Report of the Hyderabad Chloroform Commission
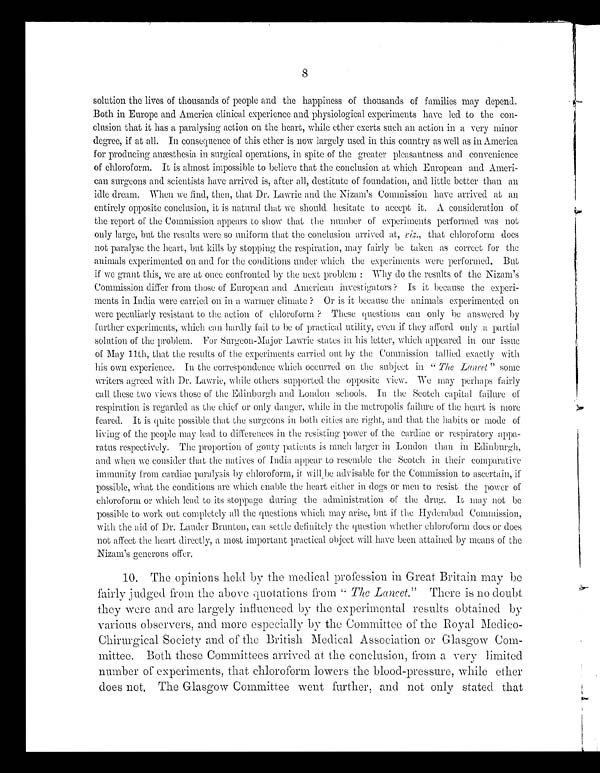
8
solution the lives of thousands of people and the happiness of thousands of families may depend.
Both in Europe and America clinical experience and physiological experiments have led to the con-
clusion that it has a paralysing action on the heart, while ether exerts such an action in a very minor
degree, if at all. In consequence of this ether is now largely used in this country as well as in America
for producing anæsthesia in surgical operations, in spite of the greater pleasantness and convenience
of chloroform. It is almost impossible to believe that the conclusion at which European and Ameri-
can surgeons and scientists have arrived is, after all, destitute of foundation, and little better than all
idle dream. When we find, then, that Dr. Lawrie and the Nizam's Commission have arrived at an
entirely opposite conclusion, it is natural that we should hesitate to accept it. A consideration of
the report of the Commission appears to show that the number of experiments performed was not
only large, but the results were so uniform that the conclusion arrived at, that chloroform does
not paralyse the heart, but kills by stopping the respiration, may fairly be taken as correct for the
animals experimented on and for the conditions under which the experiments were performed. But
if we grant this, we are at once confronted by the next problem : Why do the results of the Nizam's
Commission differ from those of European and American investigators ? Is it because the experi-
ments in India were carried on in a warmer climate ? Or is it because the animals experimented on
were peculiarly resistant to the action of chloroform These questions can only be answered by
further experiments, which can hardly fail to be of practical utility, even if they afford only a partial
solution of the problem. For Surgeon-Major Lawrie states in his letter, which appeared in our issue
of May 11th, that the results of the experiments carried out by the Commission tallied exactly with
his own experience. In the correspondence which occurred on the subject in "Thee Lancet" some
writers agreed with Dr. Lawrie, while others supported the opposite view. 'We may perhaps fairly
call these two views those of the Edinburgh and London schools. In the Scotch capital failure of
respiration is regarded as the chief or only danger, while ill the metropolis failure of the heart is more
feared. It is quite possible that the surgeons in both cities arc right, and that the habits or mode of
living of the people may lead to differences in the resisting power of the cardiac or respiratory appa-
ratus respectively. The proportion of gouty patients is much larger in London than in Edinbur!,11,
and when we consider that the natives of India appear to resemble the Scotch in their comparative
immunity from cardiac paralysis by chloroform, it wiftbe advisable for the Commission to ascertain, if
possible, what the conditions are which enable the heart either in dogs or men to resist the power of
chloroform or which lead to its stoppage dulling the administration of the drug. It may not be
possible to work out completely all the questions which may arise, but if the Hyderabad Commission,
with the aid of Dr. Lauder Brunton, can settle definitely the question whether chloroform does or does
not affect the heart directly, a most important practical object will have been attained by means of the
Nizam's generous offer.
10. The opinions held by the medical. profession in Great Britain may be
fairly judged from the above -itiotations from " The Lancet." There is no doubt
they were and are largely influenced by the experimental results obtained by
various observers, and more especially by the Committee of the Royal Medico-
Chirurgical Society and of the British Medical Association or Glasgow Com-
mittee. Both these Committees arrived at the conclusion, from a very limited
number of experiments, that chloroform lowers the blood-pressure, while ether
does not, The Glasgow Committee went further, and not only stated that